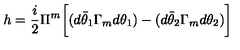
h = { \frac { i } { 2 } } \Pi ^ { m } \biggl [ ( d \bar { \theta } _ { 1 } \Gamma _ { m } d \theta _ { 1 } ) - ( d \bar { \theta } _ { 2 } \Gamma _ { m } d \theta _ { 2 } ) \biggr ]